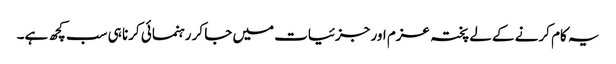
یہ کام کرنے کے لے پختہ عزم اور جزئیات میں جا کر رہنمائی کرنا ہی سب کچھ ہے۔